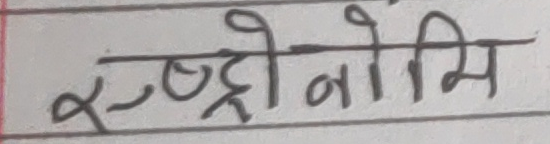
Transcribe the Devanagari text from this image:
रुष्ट्रोभोमि